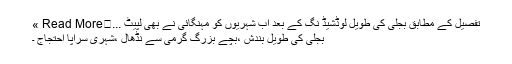
تفصیل کے مطابق بجلی کی طویل لوڈشیڈ نگ کے بعد اب شہریوں کو مہنگائی نے بھی لپیٹ ...	Read More »
بجلی کی طویل بندش ،بچے بزرگ گرمی سے نڈھال ،شہری سراپا احتجاج ۔